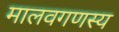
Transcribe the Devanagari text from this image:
मालवगणस्य